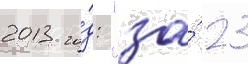
2013 го́д: "за́ 23